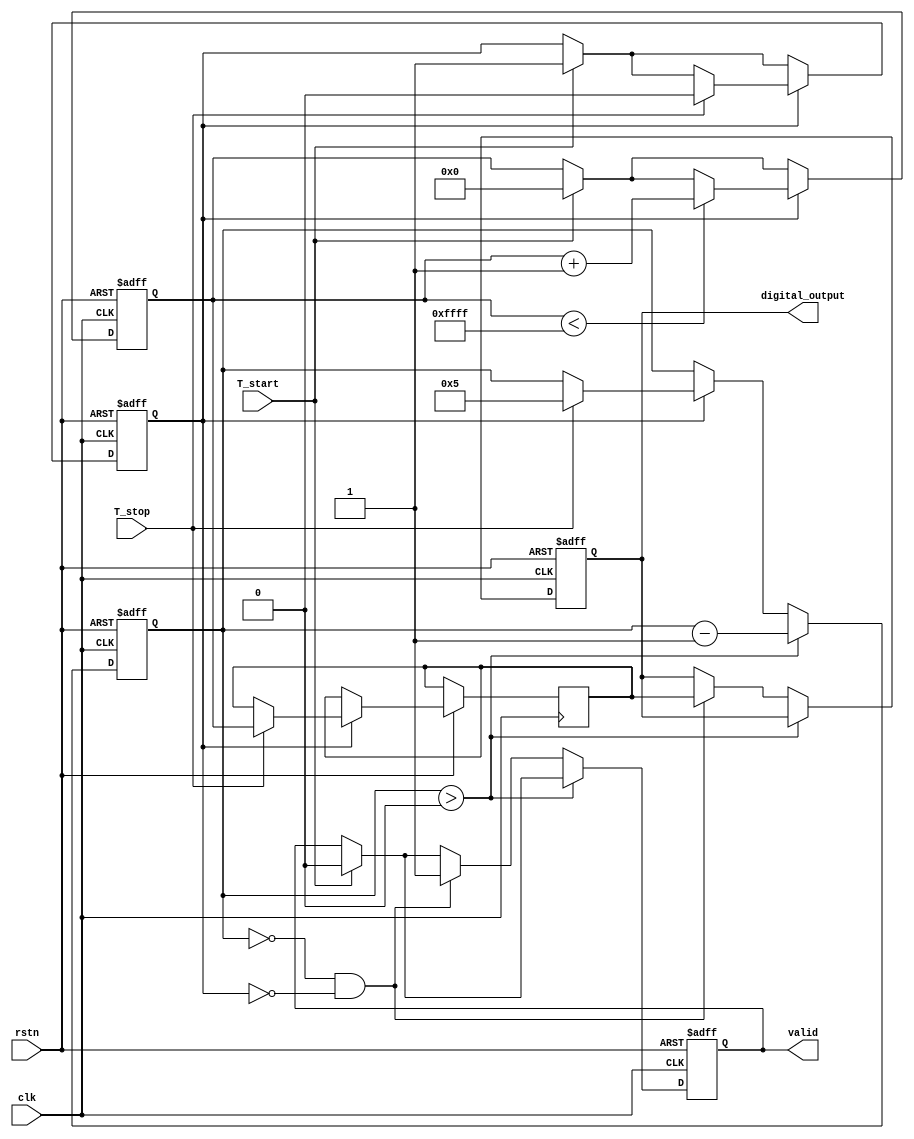
module TDC (
    input wire clk,             // System clock
    input wire rstn,           // Active low reset
    input wire T_start,        // Start signal
    input wire T_stop,         // Stop signal
    output reg [15:0] digital_output, // The digital output corresponding to the time interval
    output reg valid           // Signal indicating valid output
);

    // Parameters
    parameter RAMP_MAX = 16'hFFFF; // Max voltage level (for ADC resolution)
    parameter RAMP_STEP = 16'h0001; // Voltage ramp step increment
    parameter ADC_DELAY = 5;        // Delay for ADC sampling in clock cycles

    // Internal signals
    reg [15:0] ramp_voltage;
    reg sampling;
    reg [3:0] adc_counter; // Counter for ADC delay
    reg [15:0] sampled_voltage; // Stored sampled voltage

    // State for the ramp generator
    always @(posedge clk or negedge rstn) begin
        if (!rstn) begin
            ramp_voltage <= 16'h0000; // Reset ramp voltage
            sampling <= 0;
            adc_counter <= 0;
            valid <= 0;
            digital_output <= 0;
        end else begin
            if (T_start) begin
                ramp_voltage <= 16'h0000; // Start ramping voltage
                sampling <= 1;             // Enable sampling
                valid <= 0;               // Invalid output until finished
            end
            
            if (sampling) begin
                if (ramp_voltage < RAMP_MAX) begin
                    ramp_voltage <= ramp_voltage + RAMP_STEP; // Ramp up voltage
                end
                if (T_stop) begin
                    sampled_voltage <= ramp_voltage; // Capture voltage at stop
                    adc_counter <= ADC_DELAY; // Start ADC delay
                    sampling <= 0; // Disable sampling
                end
            end
            
            // ADC Delay simulation
            if (adc_counter > 0) begin
                adc_counter <= adc_counter - 1;
            end else if (adc_counter == 0 && !sampling) begin
                digital_output <= sampled_voltage; // Output the sampled voltage
                valid <= 1; // Indicate valid output
            end
        end
    end

endmodule